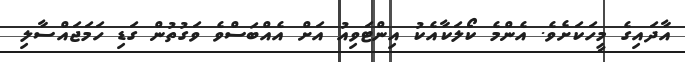
އާދައިގެ މީހަކަށެވެ. އެންމެ ކޯލަކާއެކު އިންޓަވިއު އަށް އެއްބަސްވެ ވަގުތުން ގަޑި ހަމަޖައްސާލި